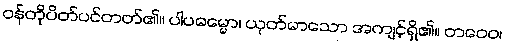
ဝန်တိုပိတ်ပင်တတ်၏။ ပါပဓမ္မော၊ ယုတ်မာသော အကျင့်ရှိ၏။ တဝေဝ၊